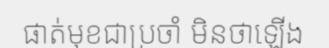
ផាត់មុខជាប្រចាំ មិនថាឡើង